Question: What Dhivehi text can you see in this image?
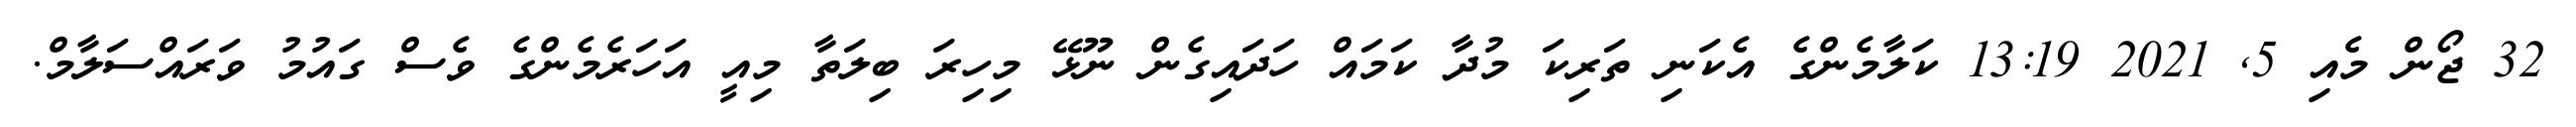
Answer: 32 ޖޯން މެއި 5, 2021 13:19 ކަލާމެންގެ އެކަނި ތަރިކަ މުދާ ކަމައް ހަދައިގެން ނޫޅޭ މިހިރަ ބިލަތާ މިއީ އަހަރެމެންގެ ވެސް ގައުމު ވަރައްސަލާމް.